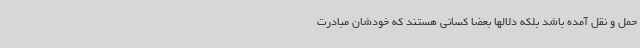
حمل و نقل آمده باشد بلکه دلالها بعضا کسانی هستند که خودشان مبادرت